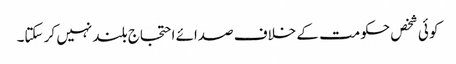
کو ئی شخص حکومت کے خلاف صدائے احتجاج بلند نہیں کر سکتا۔